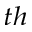
^ { t h }